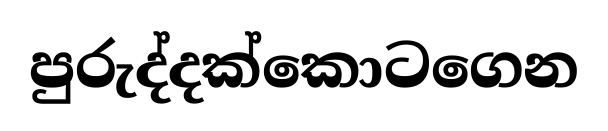
පුරුද්දක්කොටගෙන